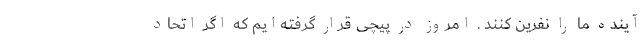
آینده ما را نفرین کنند . امروز در پیچی قرار گرفته‌ایم که اگر اتحاد